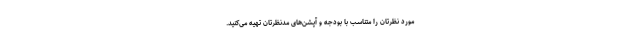
مورد نظرتان را متناسب با بودجه و آپشن‌های مدنظرتان تهیه می‌کنید.